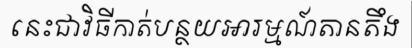
នេះជាវិធីកាត់បន្ថយអារម្មណ៍តានតឹង